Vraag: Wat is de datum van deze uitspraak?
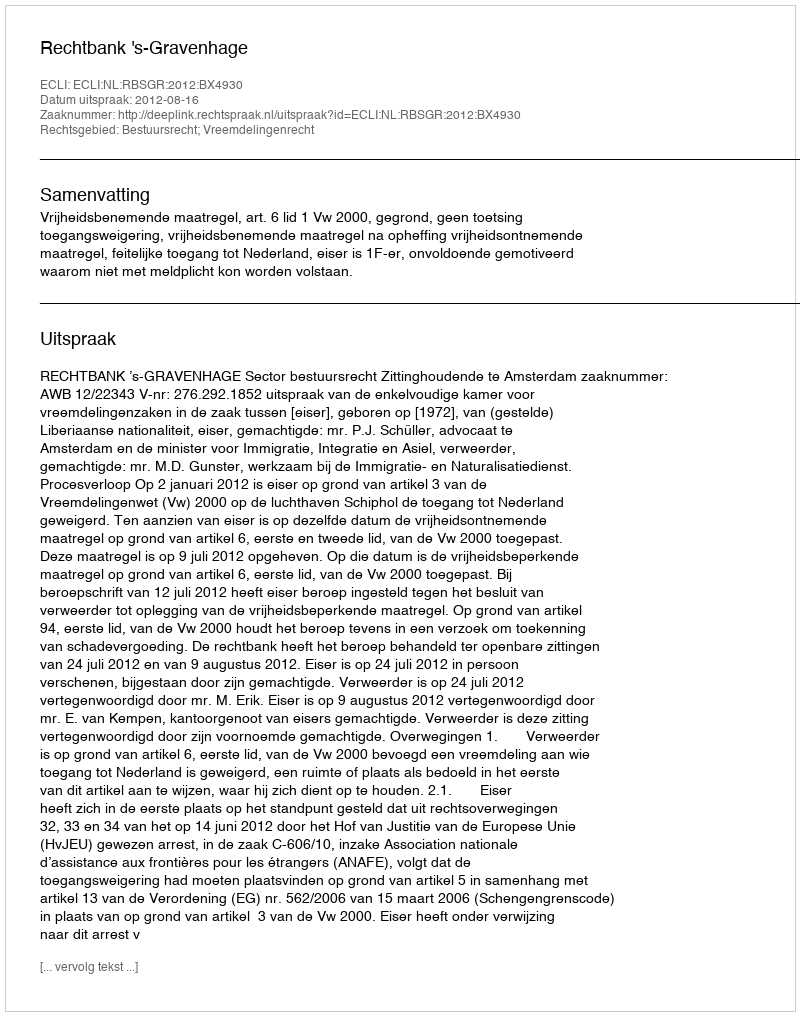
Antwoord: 2012-08-16